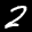
Label: 2